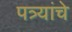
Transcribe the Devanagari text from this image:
पत्र्यांचे